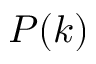
P ( k )